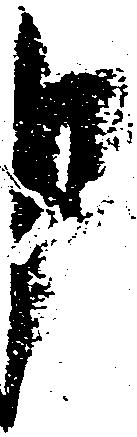
申